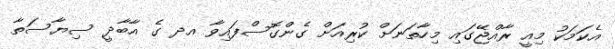
އެކަމަކު މިއީ ރާއްޖޭގައި މިހާތަނަށް ކުރިއަށް ގެންގޮސްފައިވާ އދ ގެ އާބާދީ ސިޔާސަތާ